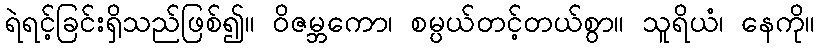
ရဲရင့်ခြင်းရှိသည်ဖြစ်၍။ ဝိဇမ္ဘကော၊ စမ္ပယ်တင့်တယ်စွာ။ သူရိယံ၊ နေကို။